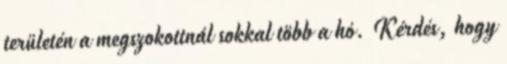
területén a megszokottnál sokkal több a hó. Kérdés, hogy